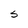
Character: S